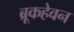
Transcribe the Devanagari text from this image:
ब्रूकहेवन